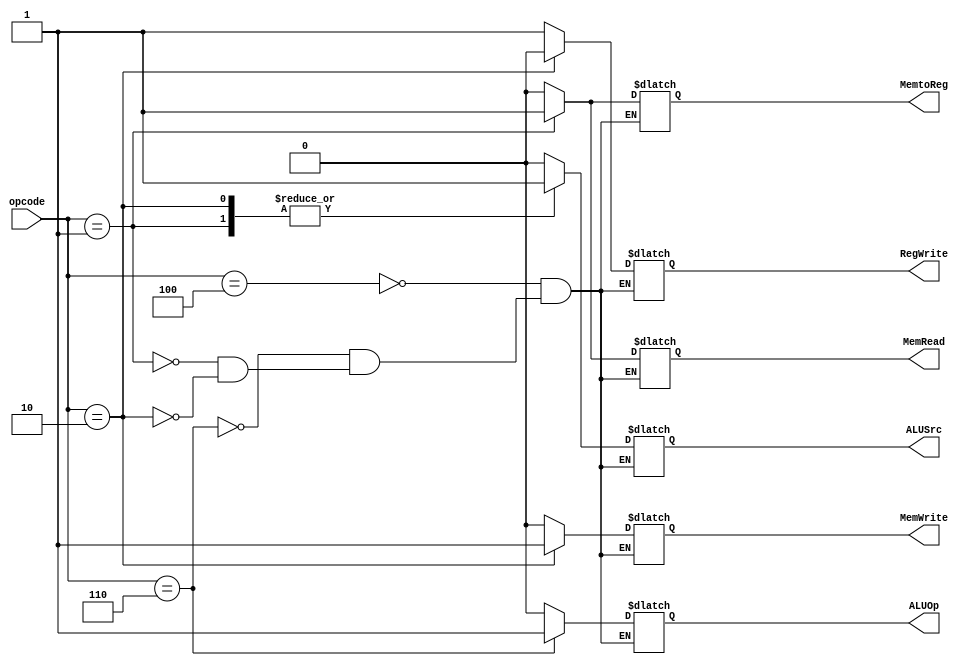
`timescale 1ns / 1ps
//////////////////////////////////////////////////////////////////////////////////
// Company: 
// Engineer: 
// 
// Design Name: 
// Module Name: Ctrl_Unit
// Project Name: 
// Target Devices: 
// Tool Versions: 
// Description: 
// 
// Dependencies: 
// 
// Revision:
// Revision 0.01 - File Created
// Additional Comments:
// 
//////////////////////////////////////////////////////////////////////////////////


module Ctrl_Unit(opcode, MemRead,MemtoReg, ALUOp,MemWrite,ALUSrc,RegWrite);
input [2:0] opcode;
output reg MemRead,MemtoReg, ALUOp,MemWrite,ALUSrc,RegWrite;
    //3'b001 --> load
    //3'b100 --> add
    //3'b110 --> sub
    //3'b010 --> save
 always @(*)
 begin
    case(opcode)
    //R type add
    3'b100: 
    begin
    MemRead<=0;
    MemtoReg<=0;
    ALUOp<=1'b0; 
    MemWrite<=0;
    ALUSrc<=0;
    RegWrite<=1;
    end
    //R type sub
    3'b110: 
    begin
    MemRead<=0;
    MemtoReg<=0;
    ALUOp<=1'b1; 
    MemWrite<=0;
    ALUSrc<=0;
    RegWrite<=1;
    end
    //load I type
    3'b001: 
    begin
    MemRead<=1;
    MemtoReg<=1;
    ALUOp<=1'b0;
    MemWrite<=0;
    ALUSrc<=1;
    RegWrite<=1;
    end
    //Save I type
    3'b010: 
    begin
    MemRead<=0;
    MemtoReg<=0;
    ALUOp<=1'b0;
    MemWrite<=1;
    ALUSrc<=1;
    RegWrite<=0;
    end
  endcase       
  end
  endmodule